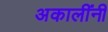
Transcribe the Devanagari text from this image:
अकालींनी